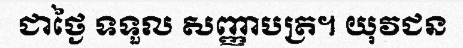
ជាថ្ងៃ ទទួល សញ្ញាបត្រ។ យុវជន